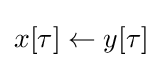
x[\tau ]\gets y[\tau ]